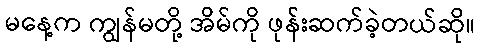
မနေ့က ကျွန်မတို့ အိမ်ကို ဖုန်းဆက်ခဲ့တယ်ဆို။